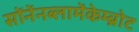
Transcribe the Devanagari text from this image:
सोंनेंनब्लामेंकेम्ब्रोट